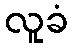
လူခံ